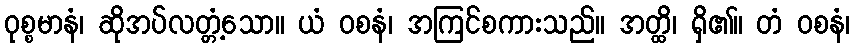
ဝုစ္စမာနံ၊ ဆိုအပ်လတ္တံ့သော။ ယံ ဝစနံ၊ အကြင်စကားသည်။ အတ္ထိ၊ ရှိ၏။ တံ ဝစနံ၊